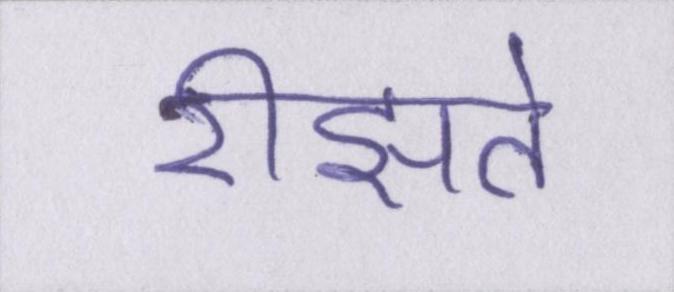
रीझते